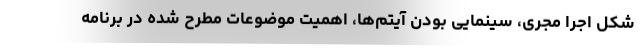
شکل اجرا مجری، سینمایی بودن آیتم‌ها، اهمیت موضوعات مطرح شده در برنامه